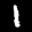
Label: 1